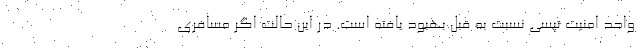
واحد امنیت تپسی نسبت به قبل بهبود یافته است. در این حالت اگر مسافری